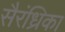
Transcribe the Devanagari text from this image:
सैरंध्रिका